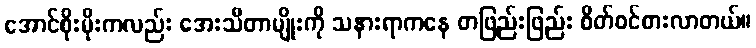
အောင်စိုးမိုးကလည်း အေးသီတာမျိုးကို သနားရာကနေ တဖြည်းဖြည်း စိတ်ဝင်စားလာတယ်။